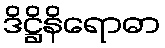
ဒိဋ္ဌိနိရောဓာ